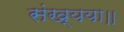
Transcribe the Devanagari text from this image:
संख्यया॥